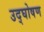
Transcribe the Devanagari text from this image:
उद्घोषण